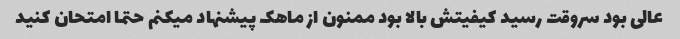
عالی بود سروقت رسید کیفیتش بالا بود ممنون از ماهک پیشنهاد میکنم حتما امتحان کنید